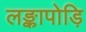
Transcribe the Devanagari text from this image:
लङ्कापोड़ि